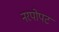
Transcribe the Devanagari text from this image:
नरपोपट